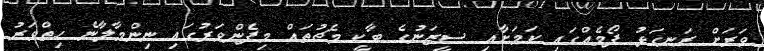
ވަރަށް ރަނގަޅު ފޯމެއްގައި ކަމަށާއި ސީޒަނުގެ ބާކީ މެޗުތައް މިފެންވަރުގައި ނިންމާލާނެ ހިތްވަރު